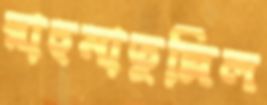
রাহমাতুল্লিল